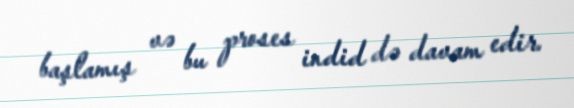
başlamış və bu proses indid də davam edir.